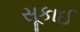
સૂકાઈ